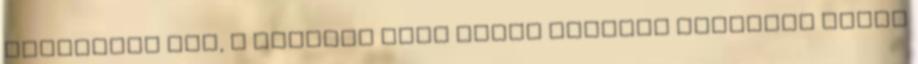
különbség van, a második liga pedig valóban alkalmas lehet